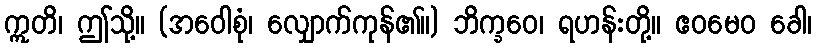
ဣတိ၊ ဤသို့။ (အဝေါစုံ၊ လျှောက်ကုန်၏။) ဘိက္ခဝေ၊ ရဟန်းတို့။ ဧဝမေဝ ခေါ၊